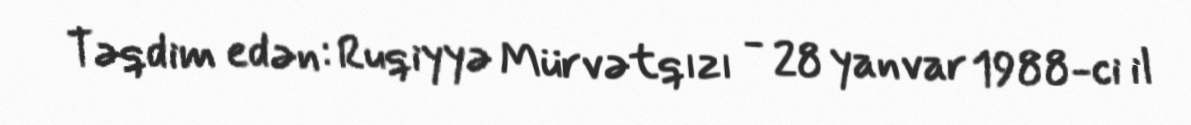
Təqdim edən: Ruqiyyə Mürvətqızı - 28 yanvar 1988-ci il